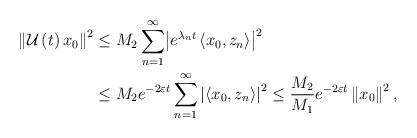
LaTeX: \begin{align*}\left\|\mathcal{U}\left(t\right)x_0\right\|^2 &\leq M_2\sum^\infty_{n=1}\bigl|e^{\lambda_nt}\left<x_0,z_n\right> \bigr|^2 \\&\leq M_2e^{-2\varepsilon t}\sum^\infty_{n=1}\left|\left<x_0,z_n\right> \right|^2\leq\frac{M_2}{M_1}e^{-2\varepsilon t}\left\|x_0\right\|^2 ,\end{align*}